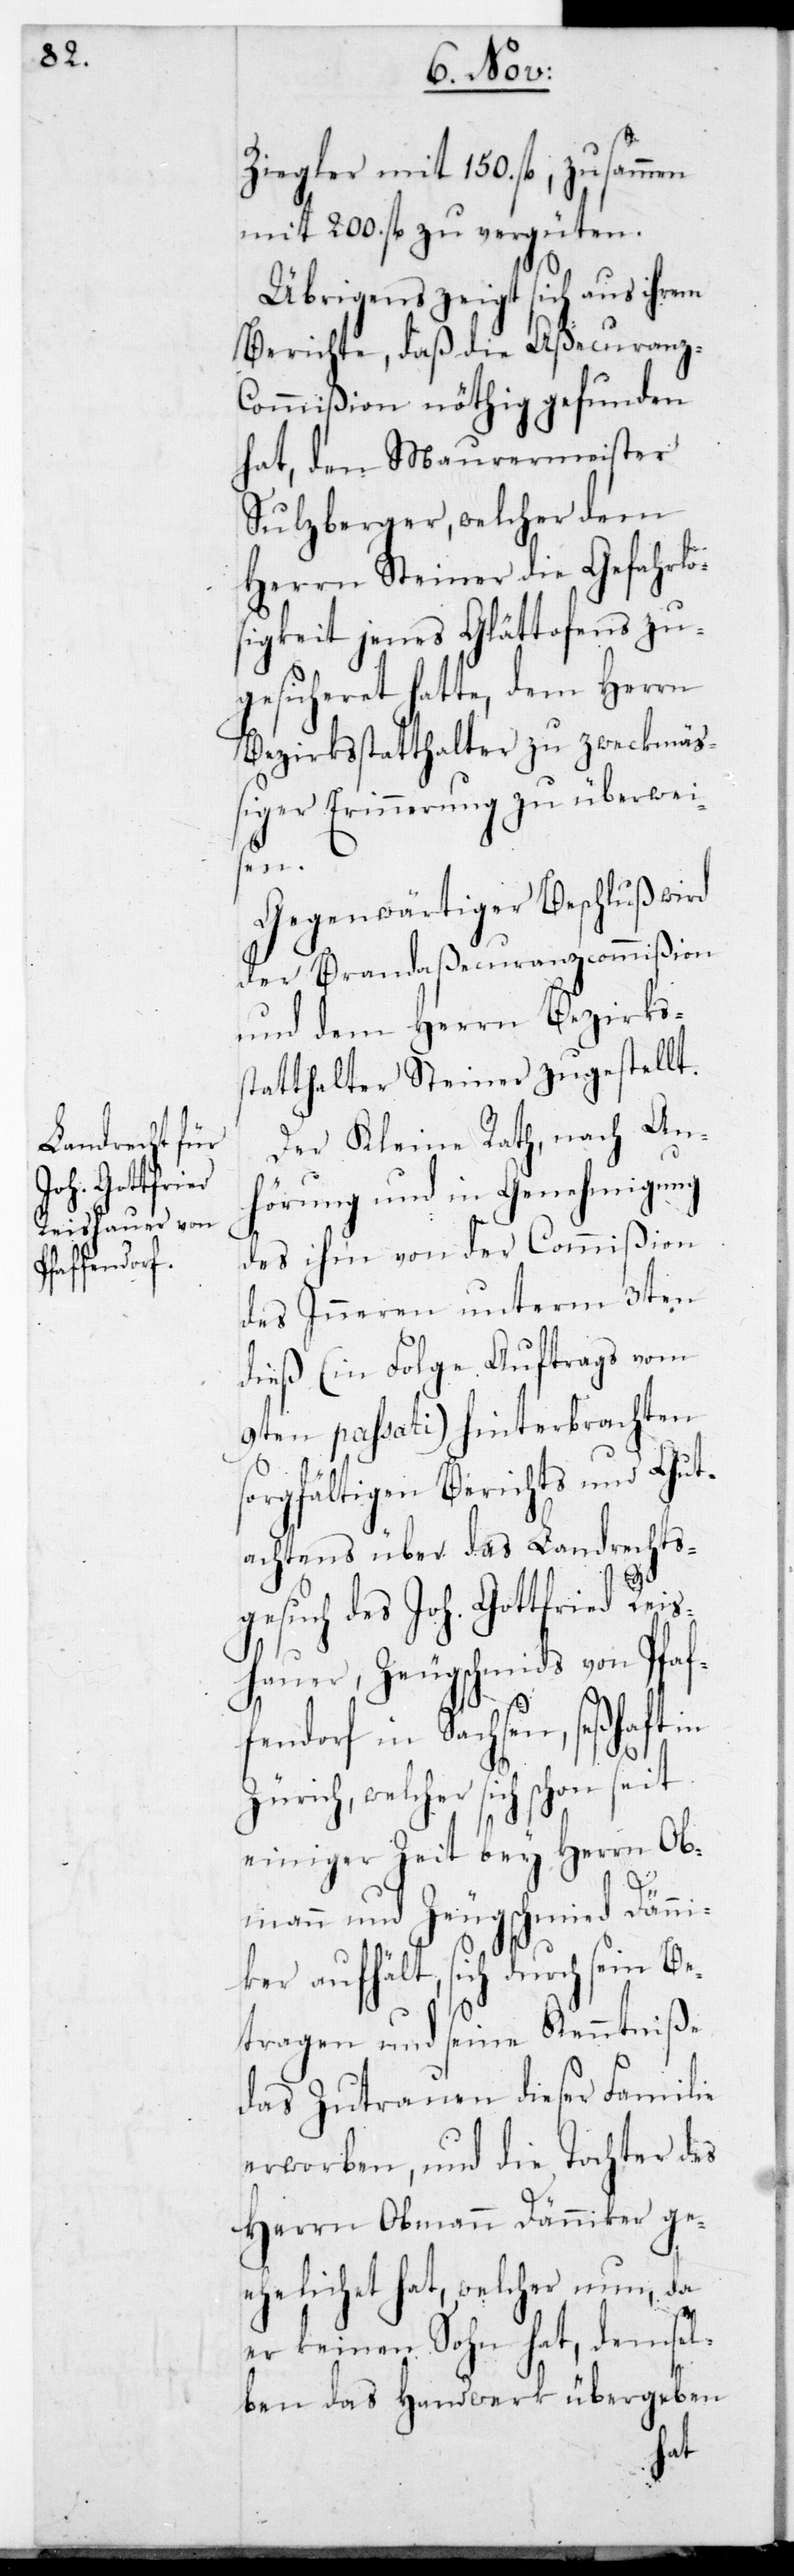
Ziegler mit 150. fl., zusammen
mit 200. fl. zu vergüten.
Übrigens zeigt sich aus ihrem
Berichte, daß die Aßecuranz-C¬
ommißion nöthig gefunden
hat, den Maurermeister
Sulzberger, welcher dem
Herrn Steiner die Gefahrlo¬
sigkeit jenes Glättofens zu¬
gesicheret hatte, dem Herrn
Bezirksstatthalter zu zweckmä¬
ßiger Erinnerung zu überwei¬
sen.
Gegenwärtiger Beschluß wird
der Brandaßecuranzcommißion
und dem Herrn Bezirks¬
statthalter Steiner zugestellt.
Der Kleine Rath, nach An¬
hörung und in Genehmigung
des ihm von der Commißion
des Inneren unterm 3ten
dieß (in Folge Auftrags vom
9ten passati) hinterbrachten
sorgfältigen Berichts und Gut¬
achtens über das Landrechts¬
gesuch des Joh. Gottfried Reis¬
hauer, Zeugschmids von Pfaf¬
fendorf in Sachsen, seßhaft
Zürich, welcher sich schon seit
einiger Zeit bey Herrn Ob¬
mann und Zeugschmied Dänni¬
ker aufhält, sich durch sein Be¬
tragen und seine Kenntniße
das Zutrauen dieser Familie
erworben, und die Tochter des
Herrn Obmann Dänniker ge¬
ehelicht hat, welcher nun, da
er keinen Sohn hat, demsel¬
ben das Handwerk übergeben